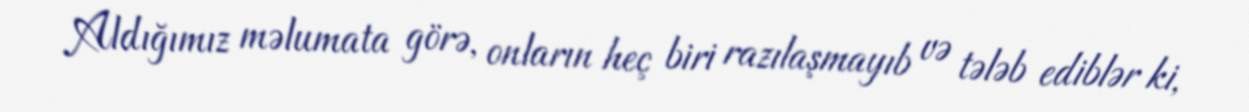
Aldığımız məlumata görə, onların heç biri razılaşmayıb və tələb ediblər ki,